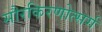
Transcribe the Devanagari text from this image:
सौरकिरणोत्सर्ग